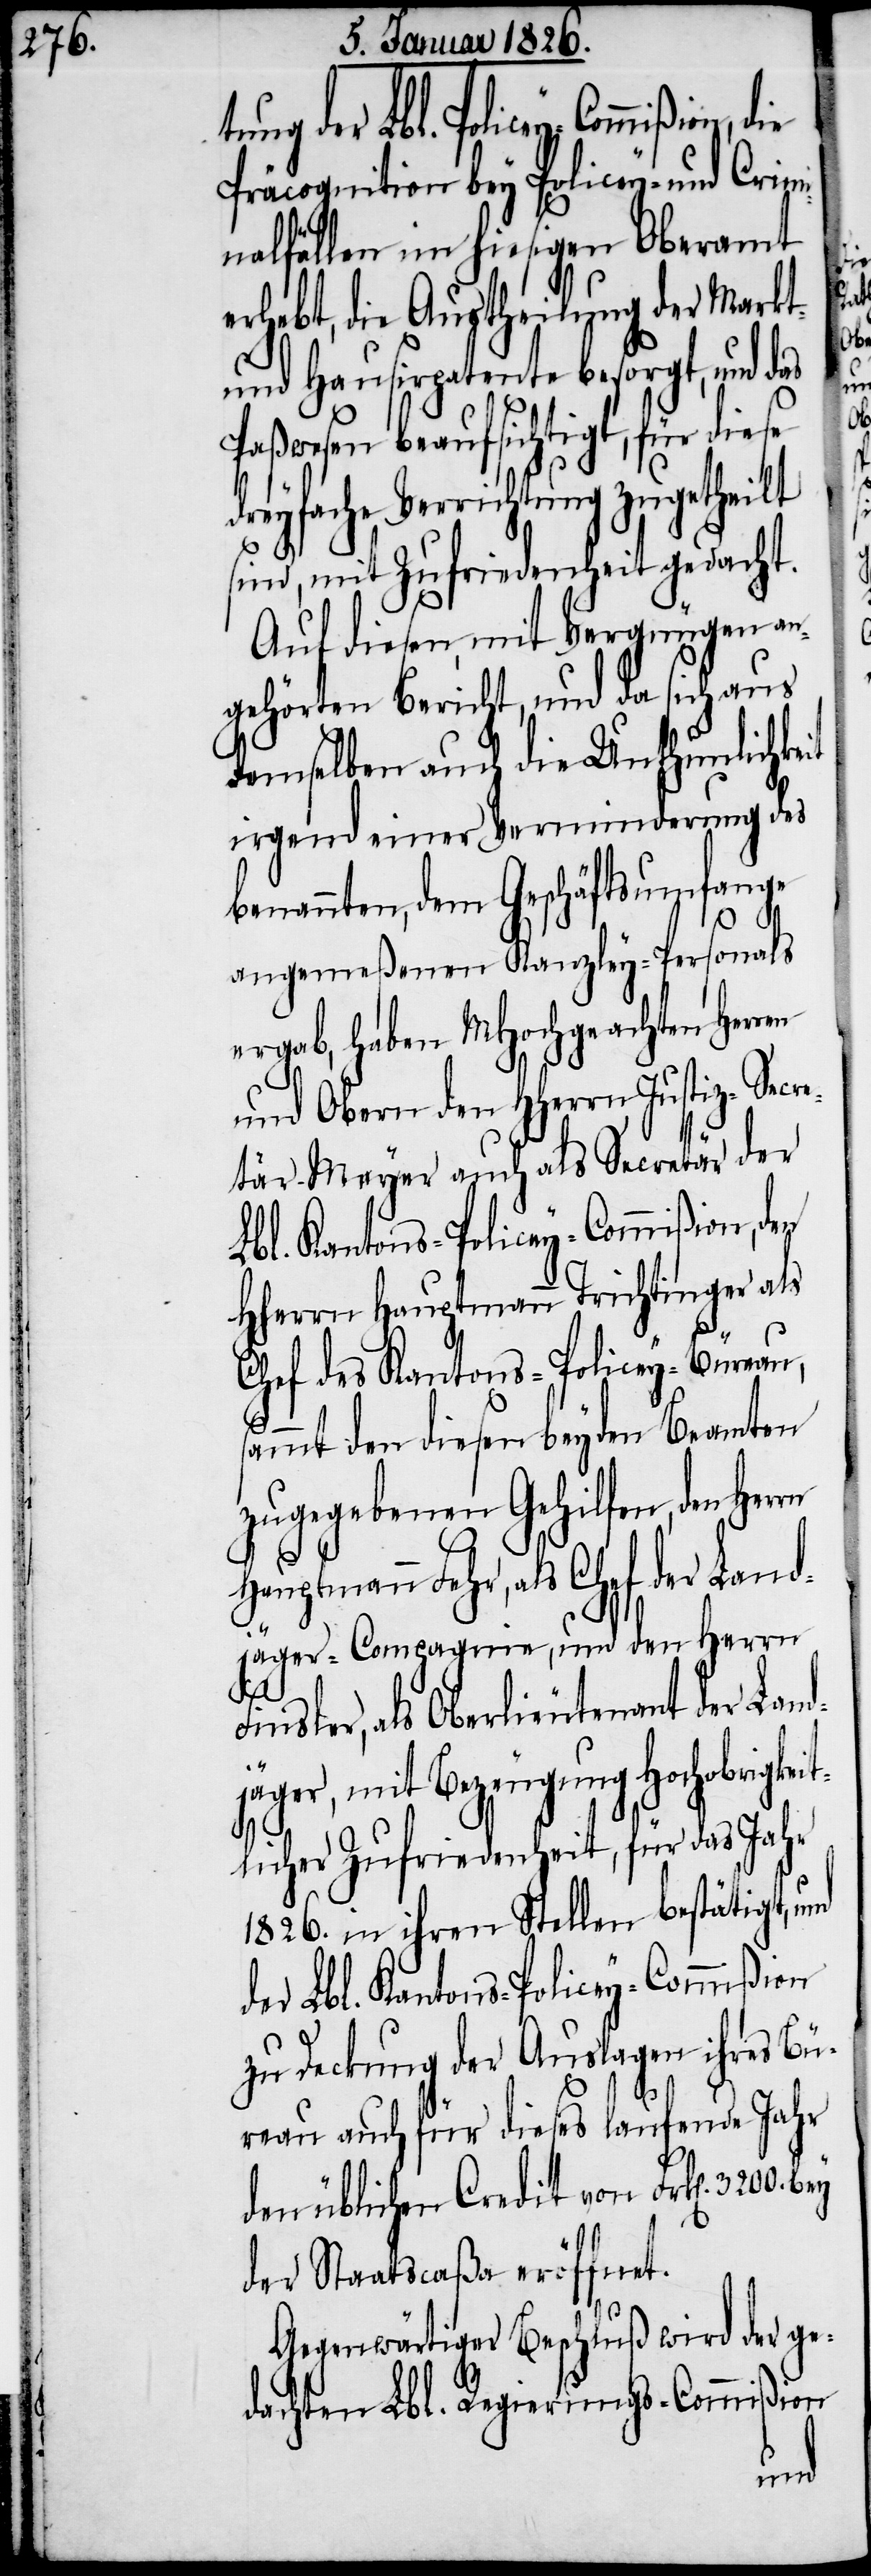
Präcognition bey Policey- und Crimi¬
nalfällen im hiesigen Oberamt e¬
rhebt, die Austheilung der Markt-
und Hausirpatente besorgt, und das
Paßwesen beaufsichtigt, für diese
dreyfache Verrichtung zugetheilt
sind, mit Zufriedenheit gedacht.
Auf diesen, mit Vergnügen an¬
gehörten Bericht, und da sich aus
demselben auch die Unthunlichkeit
irgend einer Verminderung des
benannten, dem Geschäftsumfange
angemeßenen Kanzley-Personals
ergab, haben MHochgeachten Herr¬
und Obern den HHerrn Justiz-Secre¬
tär Meyer auch als Secretär der
Lbl. Kantons-Policey-Commißion, den
HHerrn Hauptmann Trichtinger als
Chef des Kantons-Policey-Büreau,
sammt den diesen beyden Beamten
zugegebenen Gehilfen, den
Hauptmann Fehr, als Chef der Land¬
jäger-Compagnie, und den Herrn
Finsler, als Oberlieutenant der Land¬
jäger, mit Bezeugung Hochobrigkei¬
tlicher Zufriedenheit, für das Jahr
1826. in ihren Stellen bestätigt, und
der Lbl. Kantons-Policey-Commißion
zu Deckung der Auslagen ihres Bü¬
reau auch für dieses laufende Jahr
den üblichen Credit von Frk[en]. 3200.
der Staatscaßa eröffnet.
Gegenwärtiger Beschluß wird der ge¬
dachten Lbl. Regierungs-Commißion
en